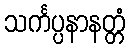
သင်္ကပ္ပနာနတ္တံ